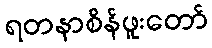
ရတနာစိန်ဖူးတော်